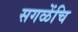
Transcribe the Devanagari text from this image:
सगळेंचि